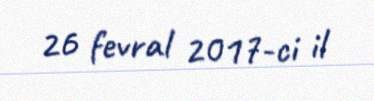
26 fevral 2017-ci il